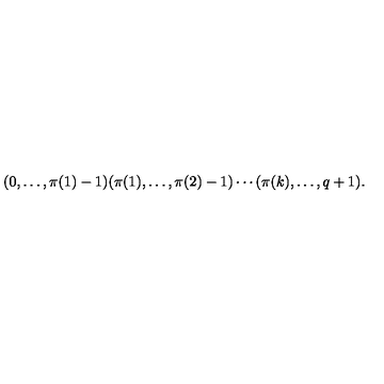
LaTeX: ( 0 , \ldots , \pi ( 1 ) - 1 ) ( \pi ( 1 ) , \ldots , \pi ( 2 ) - 1 ) \cdots ( \pi ( k ) , \ldots , q + 1 ) .